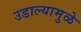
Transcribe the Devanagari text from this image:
उडाल्यामुळे